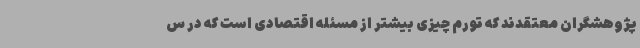
پژوهشگران معتقدند که تورم چیزی بیشتر از مسئله اقتصادی است که در س